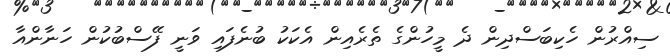
ސިއްރުން ހެކިބަސްދިން ދެ މީހުންގެ ތެރެއިން އެކަކު ބުނެފައި ވަނީ ފޭސްބުކުން ހަނާންއާ